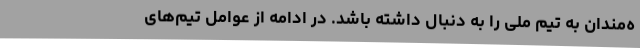
ه‌مندان به تیم ملی را به دنبال داشته باشد. در ادامه از عوامل تیم‌های